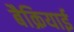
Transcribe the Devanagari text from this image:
बैक्रियाई